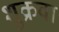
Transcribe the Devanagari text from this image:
शुक्रवा